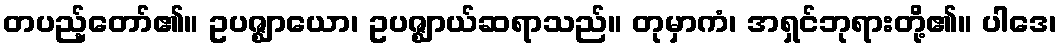
တပည့်တော်၏။ ဥပဇ္ဈာယော၊ ဥပဇ္ဈာယ်ဆရာသည်။ တုမှာကံ၊ အရှင်ဘုရားတို့၏။ ပါဒေ၊